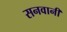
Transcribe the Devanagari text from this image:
सनवानी